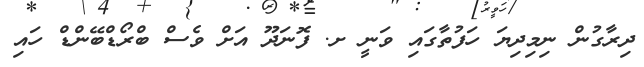
ދިރާގުން ނިމިދިޔަ ހަފުތާގައި ވަނީ ށ. ފޮނަދޫ އަށް ވެސް ބްރޯޑްބޭންޑް ހައި